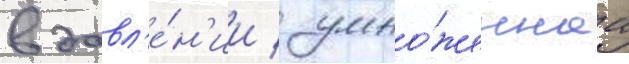
в давл'е́н'ии / умно́женнаа